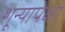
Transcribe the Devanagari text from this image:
शून्यापेक्षा